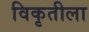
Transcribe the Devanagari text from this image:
विकृतीला